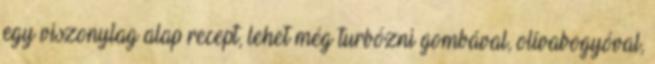
egy viszonylag alap recept, lehet még turbózni gombával, olívabogyóval,